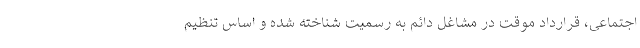
اجتماعی، قرارداد موقت در مشاغل دائم به رسمیت شناخته شده و اساس تنظیم